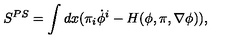
S ^ { P S } = \int d x ( \pi _ { i } \dot { \phi } ^ { i } - H ( \phi , \pi , \nabla \phi ) ) ,